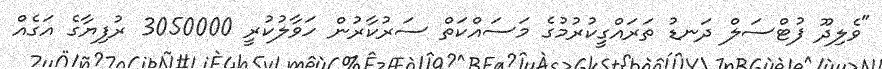
"ވެލިދޫ ފުޓްސަލް ދަނޑު ތަރައްގީކުރުމުގެ މަސައްކަތް ސަރުކާރުން ހަވާލުކުރީ 3050000 ރުފިޔާގެ އަގެއް